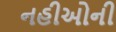
નહીઓની